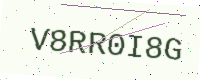
Text: V8RR0I8G